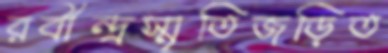
রবীন্দ্রস্মৃতিজড়িত